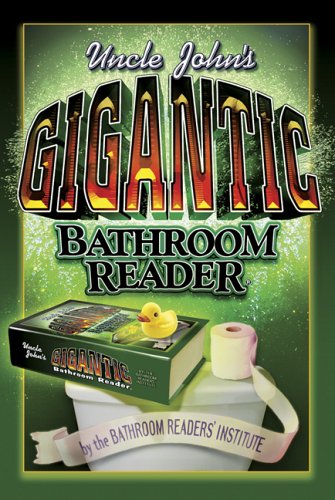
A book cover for Uncle John's Gigantic Bathroom Reader (Uncle John's Bathroom Readers); Bathroom Readers' Institute; Humor & Entertainment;